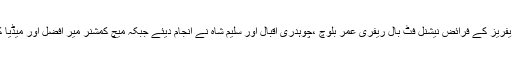
کھیلے گئے میچوں میں ریفریز کے فرائض نیشنل فٹ بال ریفری عمر بلوچ ،چوہدری اقبال اور سلیم شاہ نے انجام دیئے جبکہ میچ کمشنر میر افضل اور میڈیا کوارڈینٹر شیر افضل تھے۔